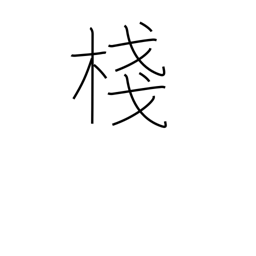
Meaning: crosspiece